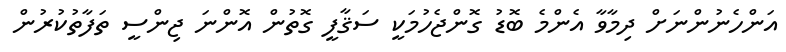
އަންހެނުންނަށް ދިމާވާ އެންމެ ބޮޑު ގޮންޖެހުމަކީ ސަޤާފީ ގޮތުން އޮންނަ ޖިންސީ ތަފާތުކުރުން